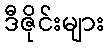
ဒီဇိုင်းများ